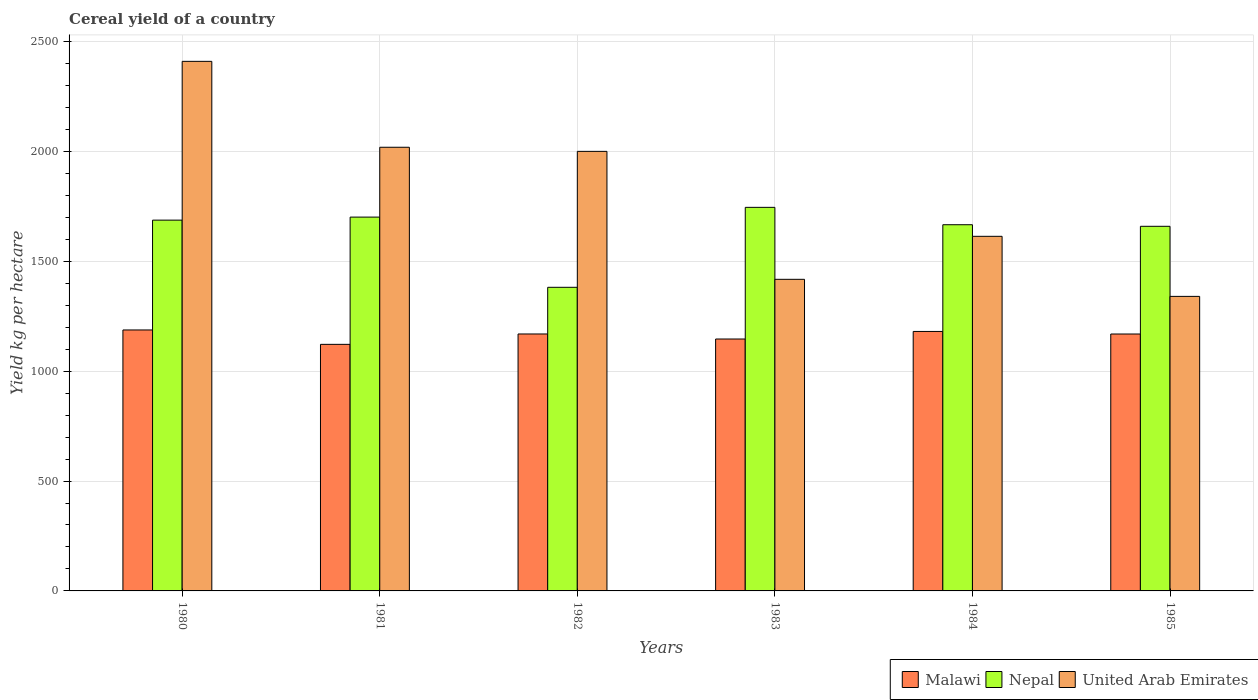
| Years | Malawi | Nepal | United Arab Emirates |
 | --- | --- | --- | --- |
 | 1980 | 1.19e+03 | 1.69e+03 | 2.41e+03 |
 | 1981 | 1.12e+03 | 1.7e+03 | 2.02e+03 |
 | 1982 | 1.17e+03 | 1.38e+03 | 2e+03 |
 | 1983 | 1.15e+03 | 1.75e+03 | 1.42e+03 |
 | 1984 | 1.18e+03 | 1.67e+03 | 1.61e+03 |
 | 1985 | 1.17e+03 | 1.66e+03 | 1.34e+03 |